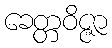
ခေတ္တဝိဇ္ဇာ